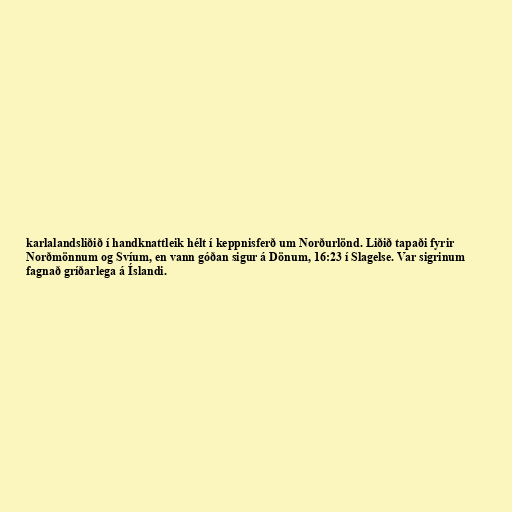
karlalandsliðið í handknattleik hélt í keppnisferð um Norðurlönd. Liðið tapaði fyrir
Norðmönnum og Svíum, en vann góðan sigur á Dönum, 16:23 í Slagelse. Var sigrinum
fagnað gríðarlega á Íslandi.